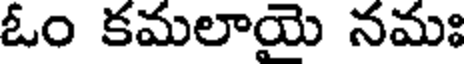
ఓం కమలాయై నమః